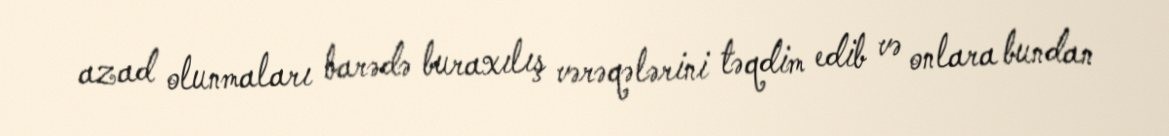
azad olunmaları barədə buraxılış vərəqələrini təqdim edib və onlara bundan